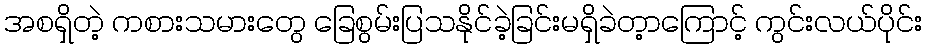
အစရှိတဲ့ ကစားသမားတွေ ခြေစွမ်းပြသနိုင်ခဲ့ခြင်းမရှိခဲတ့ာကြောင့် ကွင်းလယ်ပိုင်း